Lunatic asylums Bombay report 1891-1903 - 1891-1903
Year: 1891
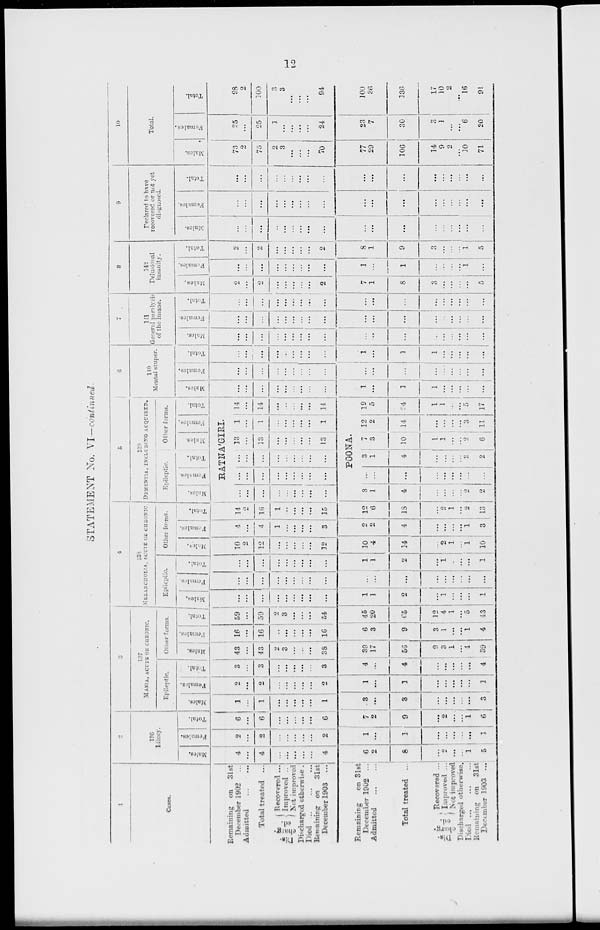
12
STATEMENT No. VI—continued
1
Cases.
Remaining on 31st
December 1902 ...
Admitted
...
...
Total treated ...
Dis-
chang-
ed.
Recovered ...
Improved ..
Not improved
Discharged
otherwise.
Died
...
...
...
Remaining
on
31st
December 1903
...
Remaining
on 31st
December 1902 ...
Admitted ... ...
Total treated
...
Dis-
charg-
ed.
Recovered ...
Improved ...
Not improver
Discharged otherwise.
Died
...
...
...
Remaining on 31st
December 1903 ...
2
136
Idiocy.
Males.
4
...
4
...
...
...
...
...
4
6
2
8
...
2
...
...
1
5
Females.
2
...
2
...
...
...
...
...
2
1
...
1
...
...
...
...
...
1
Total.
6
...
6
...
...
...
...
...
6
7
2
9
...
2
...
...
1
6
3
137
MANIA, ACUTE OR CHRONIC.
Epileptic.
Mal es .
1
...
1
...
...
...
...
...
1
3
...
3
...
...
...
...
...
3
Femal es .
2
...
2
...
...
...
...
...
2
1
...
1
...
...
...
...
...
1
Total.
3
...
3
...
...
...
...
...
3
4
...
4
...
...
...
...
...
4
Other forms.
Males.
43
...
43
2
3
...
...
...
38
39
17
56
9
3
1
...
4
39
Females.
16
...
16
...
...
...
...
...
16
6
3
9
3
1
...
...
1
4
Total.
59
...
59
2
3
...
...
...
54
45
20
65
12
4
1
...
5
43
4
138
NELANCHOLIA, ACUTE OR CHORONIC.
Epilepile.
Males.
...
...
...
...
...
...
...
...
...
1
1
2
...
1
...
...
...
1
Females.
...
...
...
...
...
...
...
...
...
...
...
...
...
...
...
...
...
...
Total.
...
...
...
...
...
...
...
...
...
1
1
2
...
1
...
...
...
1
Other forms.
Males.
10
2
12
...
...
...
...
...
12
10
4
14
...
2
1
...
1
10
Females.
4
...
4
1
...
...
...
...
3
2
2
4
...
...
...
...
1
3
Total.
14
2
16
1
...
...
...
...
15
12
6
18
...
2
1
...
2
13
5
139
DEMENTIA, INCLUDING ACQUIRED.
Epileptic.
Males.
Females.
Total.
Other forms.
Males.
Females.
Total.
RATNA'GIRI
...
...
...
...
...
...
...
...
...
...
...
...
...
...
...
...
...
...
...
...
...
...
...
...
...
...
...
13
...
13
...
...
...
...
...
13
1
...
1
...
..
...
...
...
1
14
...
14
...
...
...
...
...
14
POONA.
3
1
4
...
...
...
...
2
2
...
...
...
...
...
...
...
...
...
3
1
4
...
...
...
...
2
2
7
3
10
1
1
...
...
2
6
12
2
14
...
...
...
...
3
11
19
5
24
1
1
...
...
5
17
6
140
Mental stupor.
Males.
...
...
...
...
...
...
...
...
...
1
...
1
1
...
...
...
...
...
Females
...
...
...
...
...
...
...
...
...
...
...
...
...
...
...
...
...
...
Total.
...
...
...
...
...
...
...
...
...
1
...
1
1
...
...
...
...
...
7
141
General paralysis
of the insane.
Males.
...
...
...
...
...
...
...
...
...
...
...
...
...
...
...
...
...
...
Females.
...
...
...
...
...
...
...
...
...
...
...
...
...
...
...
...
...
...
Total.
...
...
...
...
...
...
...
...
...
...
...
...
...
...
...
...
...
...
8
142
Delusional
insanity.
Males.
2
...
2
...
...
...
...
...
2
7
1
8
3
...
...
...
...
5
Females.
...
...
...
...
...
...
...
...
...
1
...
1
...
...
...
...
1
...
Total.
2
...
2
...
...
...
...
...
2
8
1
9
3
...
...
...
1
5
9
Declared to have
recovered or not yet
diagnosed.
Males.
...
...
...
...
...
...
...
...
...
...
...
...
...
...
...
...
...
...
Females.
...
...
...
...
...
...
...
...
...
...
...
...
...
...
...
...
...
...
Total.
...
...
...
...
...
...
...
...
...
...
...
...
...
...
...
...
...
...
10
Total.
Males.
73
2
75
2
3
...
...
...
70
77
29
106
14
9
2
...
10
71
Females
25
...
25
1
...
...
...
...
24
23
7
30
3
1
...
...
6
20
Total.
98
2
100
3
3
...
...
...
94
100
36
136
17
10
2
...
16
91